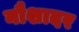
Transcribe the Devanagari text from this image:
नौशादर